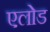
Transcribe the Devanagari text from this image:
एलोड